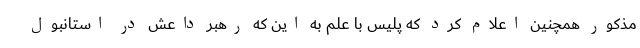
مذکور همچنین اعلام کرد که پلیس با علم به این که رهبر داعش در استانبول